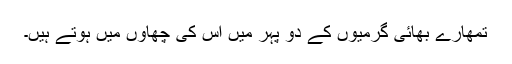
تمھارے بھائی گرمیوں کے دو پہر میں اس کی چھاؤں میں ہوتے ہیں۔